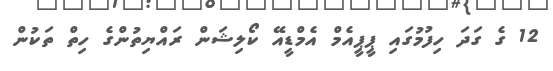
12 ގެ ގަދަ ހިފުމުގައި ޕީޕީއެމް އެމްޑީއޭ ކޯލިޝަން ރައްޔިތުންގެ ހިތް ތަކުން